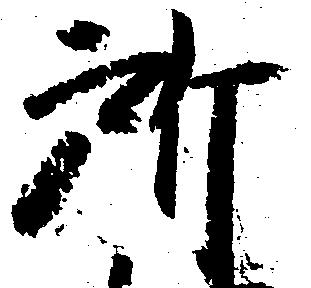
所